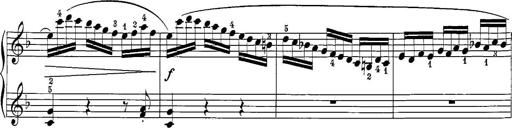
Title: 12 Sonatine per Pianoforte
Composer: Friedrich Kuhlau